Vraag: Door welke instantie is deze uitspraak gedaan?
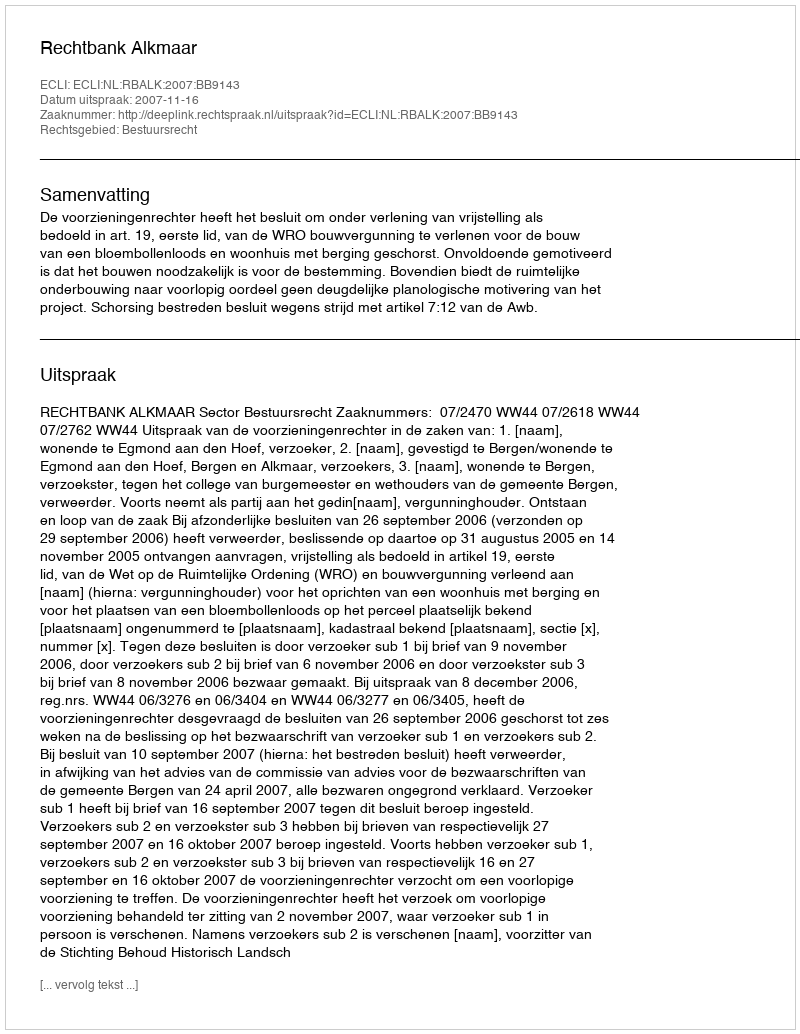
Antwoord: Rechtbank Alkmaar